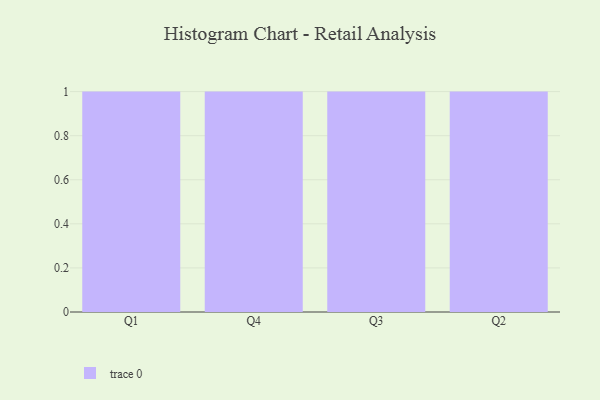
{"axis": {"x": "Quarter", "y": "Market Share (%)"}, "legend": [""], "data": [{"x": "Q1", "y": 88, "type": ""}, {"x": "Q4", "y": 41, "type": ""}, {"x": "Q3", "y": 61, "type": ""}, {"x": "Q2", "y": 7, "type": ""}]}